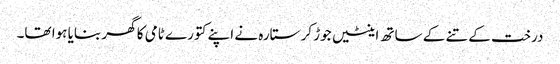
درخت کے تنے کے ساتھ اینٹیں جوڑ کر ستارہ نے اپنے کتورے ٹامی کا گھر بنایا ہوا تھا۔